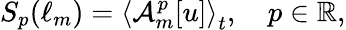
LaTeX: S_{p}(\ell_{m})=\left\langle\mathcal{A}_{m}^{p}[u]\right\rangle_{t},\quad p\in\mathbb{R},